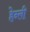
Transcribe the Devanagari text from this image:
हेन्ली